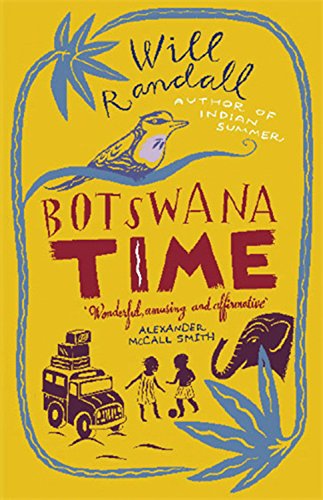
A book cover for Botswana Time; Will Randall; Travel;